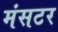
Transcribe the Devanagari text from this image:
मंसटर